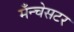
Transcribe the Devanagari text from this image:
मँन्चेसटर